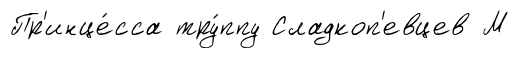
Пр'инце́сса тру́ппу Сладкоп'евцев М